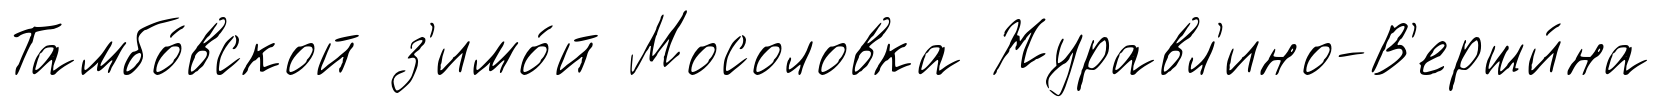
Тамбо́вской з'имо́й Мосоловка Журавл'ино-В'ерши́на